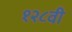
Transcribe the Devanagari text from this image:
१२८वी